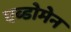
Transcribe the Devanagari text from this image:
एब्डोमेन